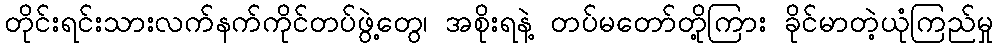
တိုင်းရင်းသားလက်နက်ကိုင်တပ်ဖွဲ့တွေ၊ အစိုးရနဲ့ တပ်မတော်တို့ကြား ခိုင်မာတဲ့ယုံကြည်မှု